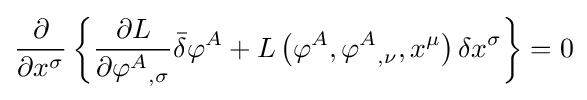
{\frac {\partial }{\partial x^{\sigma }}}\left\{{\frac {\partial L}{\partial {\varphi ^{A}}_{,\sigma }}}{\bar {\delta }}\varphi ^{A}+L\left(\varphi ^{A},{\varphi ^{A}}_{,\nu },x^{\mu }\right)\delta x^{\sigma }\right\}=0